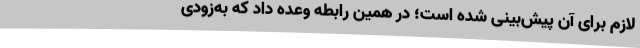
لازم برای آن پیش‌بینی شده است؛ در همین رابطه وعده داد که به‌زودی